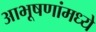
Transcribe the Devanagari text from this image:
आभूषणांमध्ये